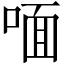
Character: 喕